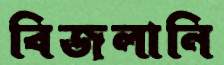
বিজলানি